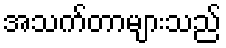
အသက်တာများသည်